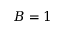
B = 1